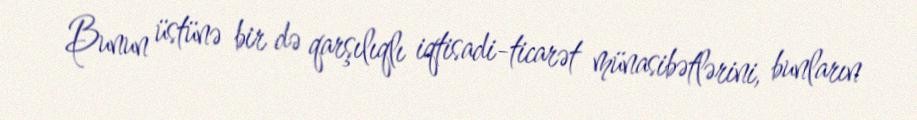
Bunun üstünə bir də qarşılıqlı iqtisadi-ticarət münasibətlərini, bunların